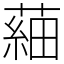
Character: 𦹀